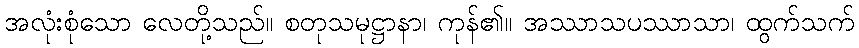
အလုံးစုံသော လေတို့သည်။ စတုသမုဋ္ဌာနာ၊ ကုန်၏။ အဿာသပဿာသာ၊ ထွက်သက်